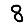
Digit: 8